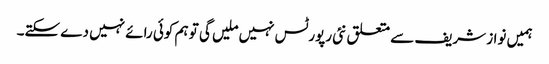
ہمیں نواز شریف سے متعلق نئی رپورٹس نہیں ملیں گی تو ہم کوئی رائے نہیں دے سکتے۔